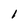
Character: 1